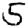
Digit: 5